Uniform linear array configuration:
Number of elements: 48
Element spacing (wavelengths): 0.75
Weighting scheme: blackman
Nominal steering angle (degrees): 45
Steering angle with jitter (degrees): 45.866
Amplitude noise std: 0.05
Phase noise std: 0.05

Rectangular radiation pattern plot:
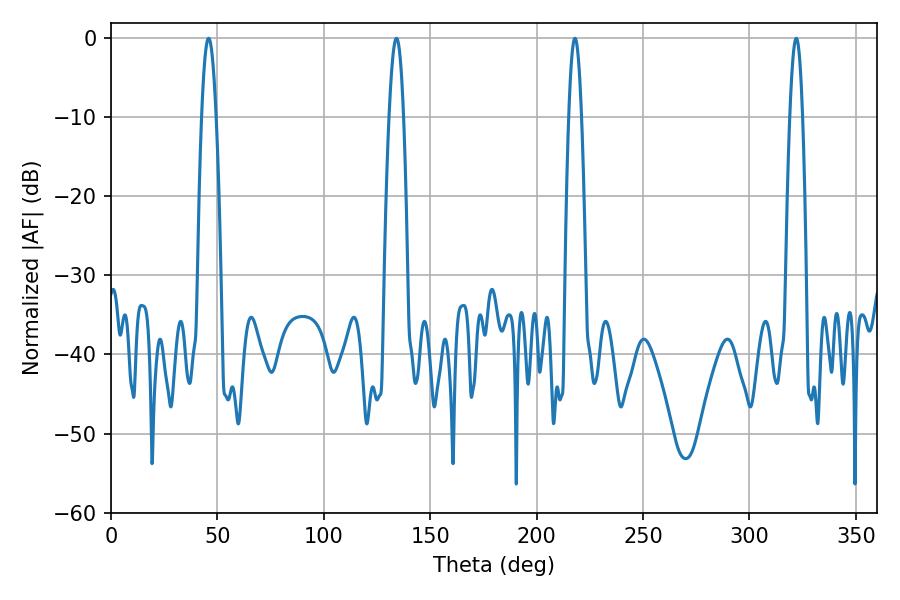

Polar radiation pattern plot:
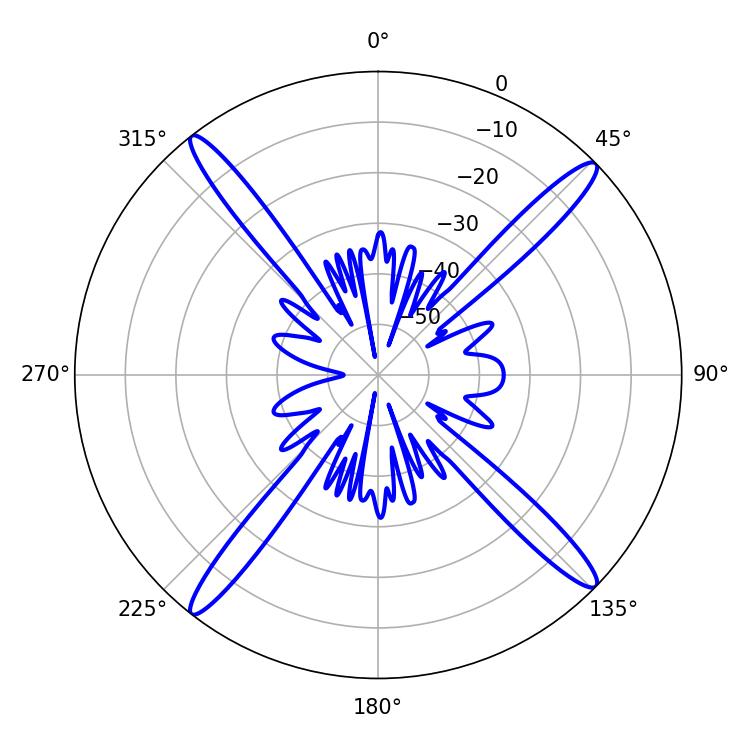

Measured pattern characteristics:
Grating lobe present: TRUE
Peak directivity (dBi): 19.073
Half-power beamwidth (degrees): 3.24
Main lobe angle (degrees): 217.98